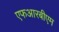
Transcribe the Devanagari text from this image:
एफआरबीएम